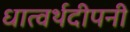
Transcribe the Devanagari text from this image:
धात्वर्थदीपनी